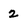
Character: 2